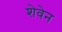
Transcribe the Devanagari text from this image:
शेवेन